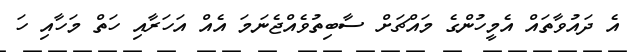
އެ ދައުވާތައް އެމީހުންގެ މައްޗަށް ސާބިތުވެއްޖެނަމަ އެއް އަހަރާއި ހަތް މަހާއި ހަ